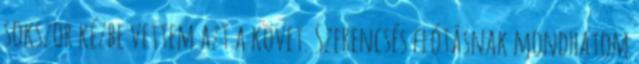
sokszor kézbe vettem azt a követ. Szerencsés flótásnak mondhatom